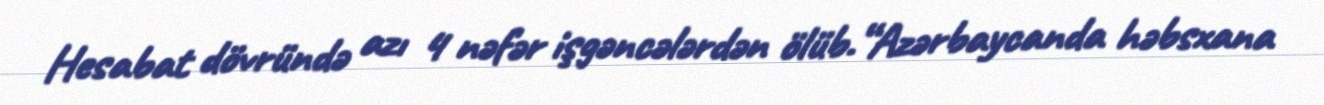
Hesabat dövründə azı 4 nəfər işgəncələrdən ölüb.“Azərbaycanda həbsxana